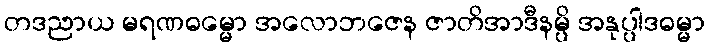
တဒညာယ မရဏဓမ္မော အလောဘဇေန ဇာတိအာဒီနမ္ပိ အနုပ္ပါဒဓမ္မာ